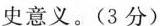
史意义。(3分）